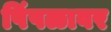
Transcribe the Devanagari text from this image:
पिंपळावर